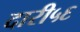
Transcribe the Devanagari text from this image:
दारी५६